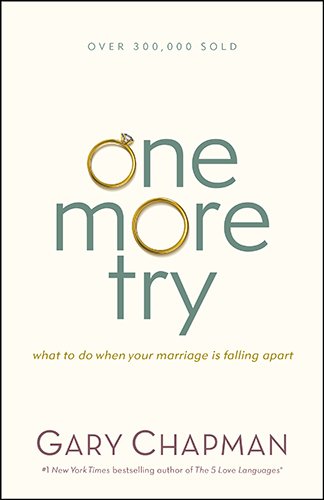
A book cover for One More Try: What to Do When Your Marriage Is Falling Apart; Gary D Chapman; Parenting & Relationships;